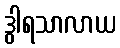
ဒွါရသာလာယ